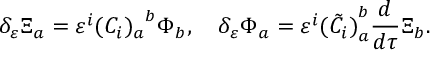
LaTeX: \delta _ { \varepsilon } \Xi _ { a } = \varepsilon ^ { i } { ( C _ { i } ) _ { a } } ^ { b } \Phi _ { b } , \quad \delta _ { \varepsilon } \Phi _ { a } = \varepsilon ^ { i } { ( \tilde { C } _ { i } ) } _ { a } ^ { b } \frac { d } { d \tau } { \Xi } _ { b } .